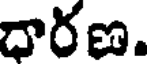
ధారణ.